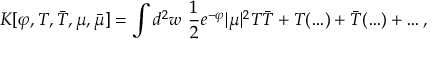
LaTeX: K [ \varphi , T , \bar { T } , \mu , \bar { \mu } ] = \int d ^ { 2 } w \, \, { \frac { 1 } { 2 } } e ^ { - \varphi } | \mu | ^ { 2 } T \bar { T } + T ( \ldots ) + \bar { T } ( \ldots ) + \ldots ,